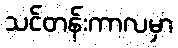
သင်တန်းကာလမှာ